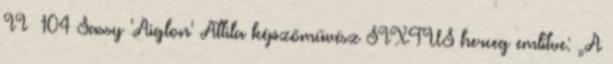
II 104 Sassy 'Aiglon' Attila képzőművész SIXTUS herceg említve: „A